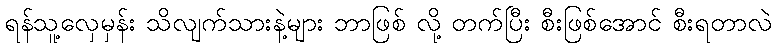
ရန်သူ့လှေမှန်း သိလျက်သားနဲ့များ ဘာဖြစ် လို့ တက်ပြီး စီးဖြစ်အောင် စီးရတာလဲ